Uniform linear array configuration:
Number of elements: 16
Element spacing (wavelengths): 0.75
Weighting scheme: hann
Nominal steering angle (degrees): -45
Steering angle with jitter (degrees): -46.462
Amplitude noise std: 0.05
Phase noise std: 0.05

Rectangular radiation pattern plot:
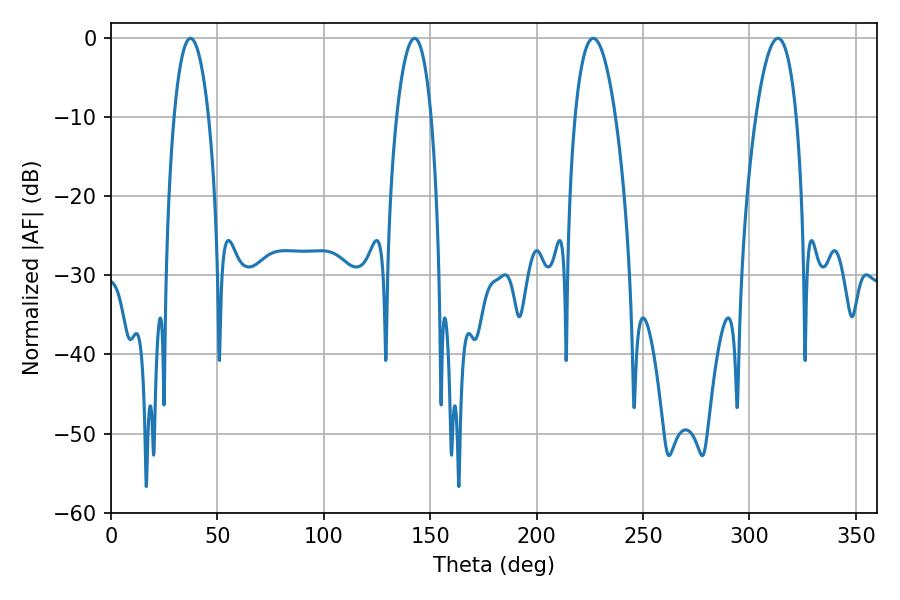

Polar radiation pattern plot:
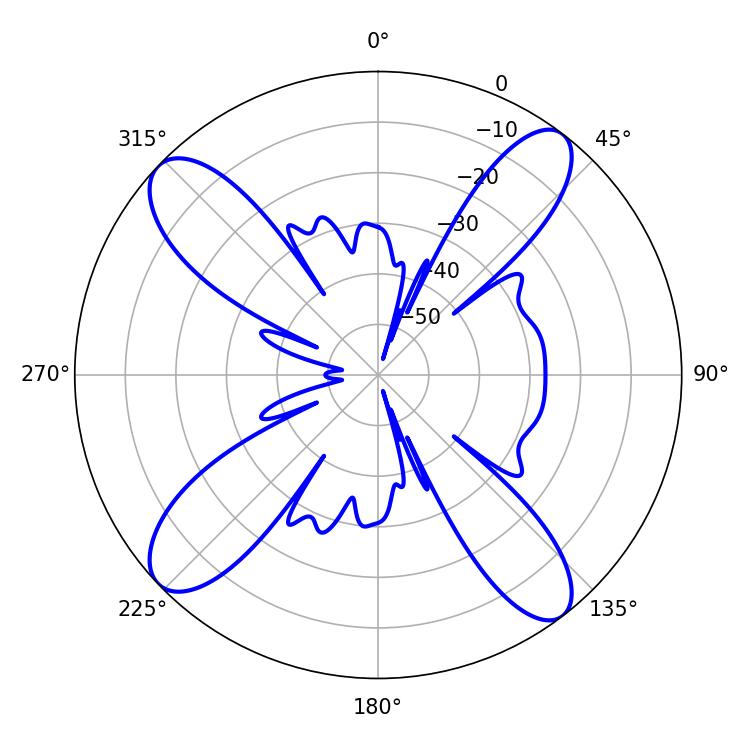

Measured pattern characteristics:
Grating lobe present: TRUE
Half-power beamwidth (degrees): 10.62
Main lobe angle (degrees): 313.38